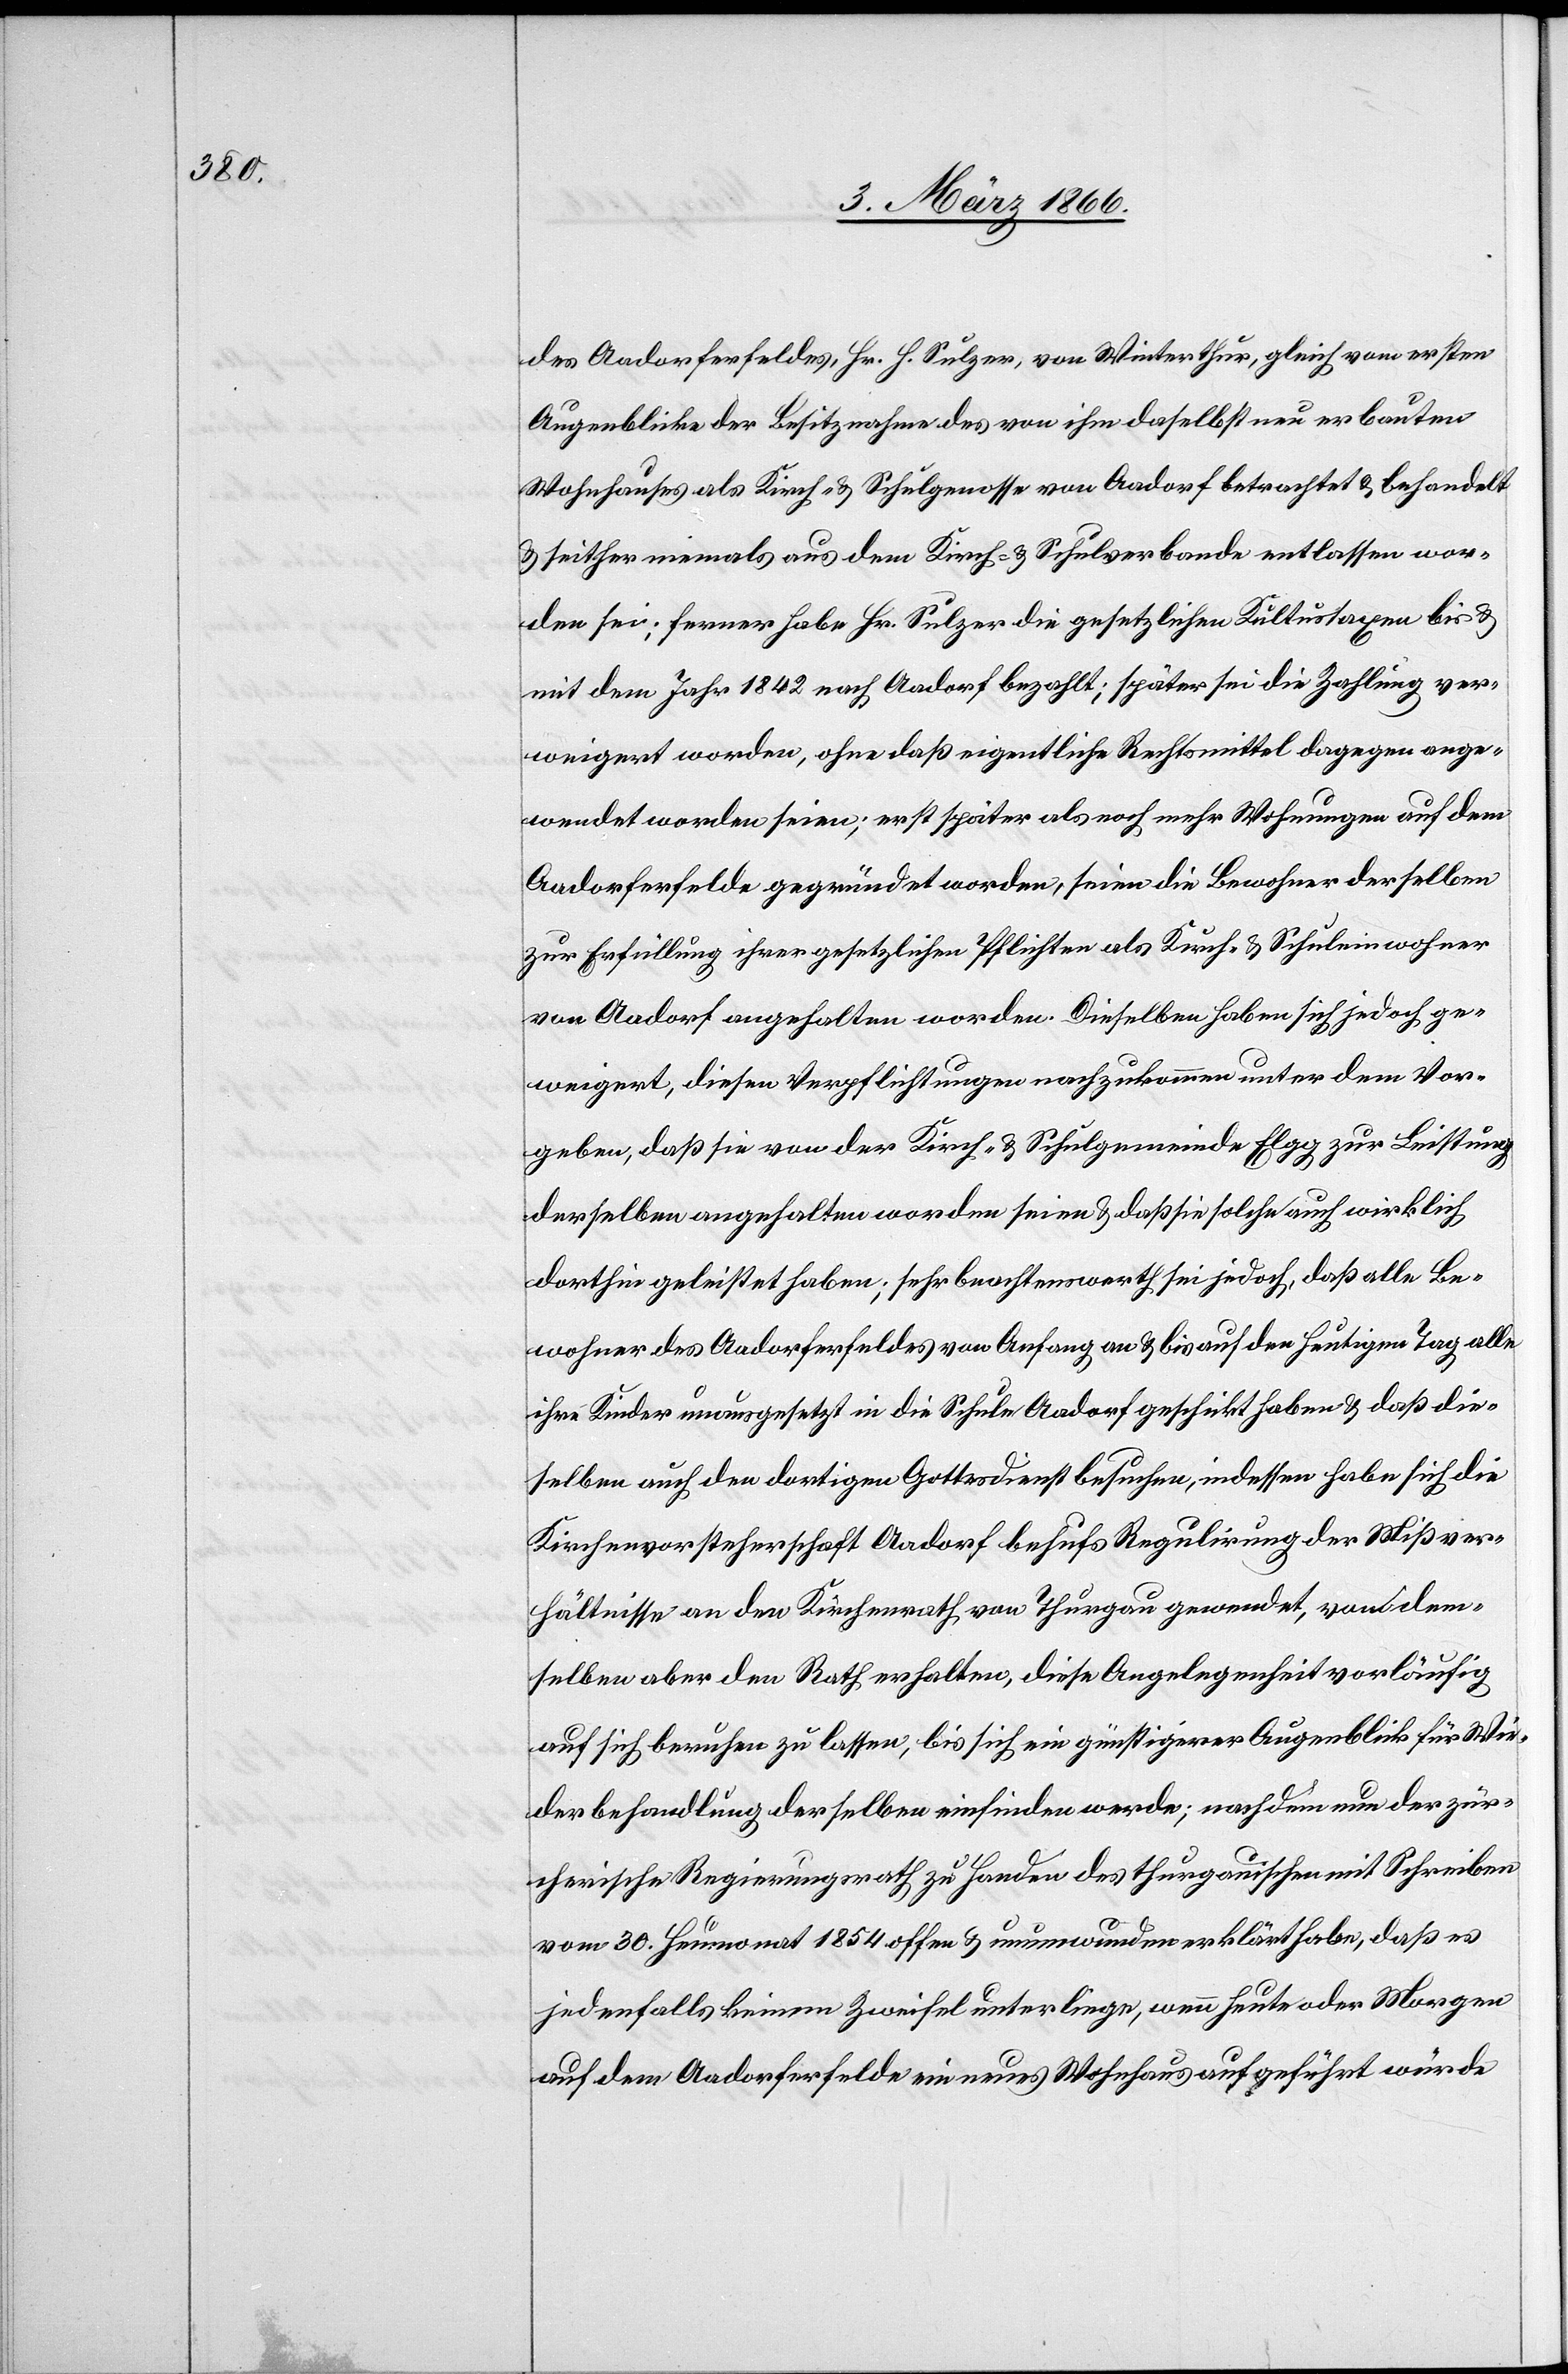
des Aadorferfeldes, Hr. H. Sulzer, von Winterthur, gleich vom ersten
Augenblicke der Besitznahme des von ihm daselbst neu erbauten
Wohnhauses als Kirch- u- Schulgenosse von Aadorf betrachtet u. behandelt
u. seither niemals aus dem Kirch- u. Schulverbande entlassen wor¬
den sei; ferner habe Hr. Sulzer die gesetzlichen Kultustaxen bis u.
mit dem Jahr 1842 nach Aadorf bezahlt; später sei die Zahlung ver¬
weigert worden, ohne daß eigentliche Rechtsmittel dagegen ange¬
wendet worden seien; erst später als noch mehr Wohnungen auf dem
Aadorferfelde gegründet worden, seien die Bewohner derselben
zur Erfüllung ihrer gesetzlichen Pflichten als Kirch- u. Schuleinwohner
von Aadorf angehalten worden. Dieselben haben sich jedoch ge¬
weigert, diesen Verpflichtungen nachzukommen unter dem Vor¬
geben, da sie von der Kirch- u. Schulgemeinde Elgg zur Leistung
derselben angehalten worden seien u. da sie solche auch wirklich
dorthin geleistet haben; sehr beachtenswerth sei jedoch, daß alle Be¬
wohner des Aadorferfeldes von Anfang an u. bis auf den heutigen Tag alle
ihre Kinder unausgesetzt in die Schule Aadorf geschickt haben u. daß die¬
selben auch den dortigen Gottesdienst besuchen, indessen habe sich die
Kirchenvorsteherschaft Aadorf behufs Regulirung der Mißver¬
hältnisse an den Kirchenrath von Thurgau gewendet, von dem¬
selben aber den Rath erhalten, diese Angelegenheit vorläufig
auf sich beruhen zu lassen, bis sich ein günstigerer Augenblick für Wie¬
derbehandlung derselben einfinden werde; nachdem nun der zür¬
cherische Regierungsrath zu Handen des thurgauischen mit Schreiben
vom 30. Heumonat 1854 offen u. unumwunden erklärt habe, daß es
jedenfalls keinem Zweifel unterliege, wenn heute oder Morgen
auf dem Aadorferfelde ein neues Wohnhaus aufgeführt würde